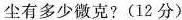
尘有多少微克?(12分)